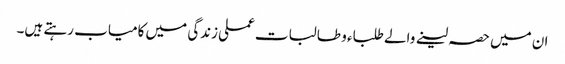
ان میں حصہ لینے والے طلباء و طالبات عملی زندگی میں کامیاب رہتے ہیں۔